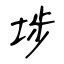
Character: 埗